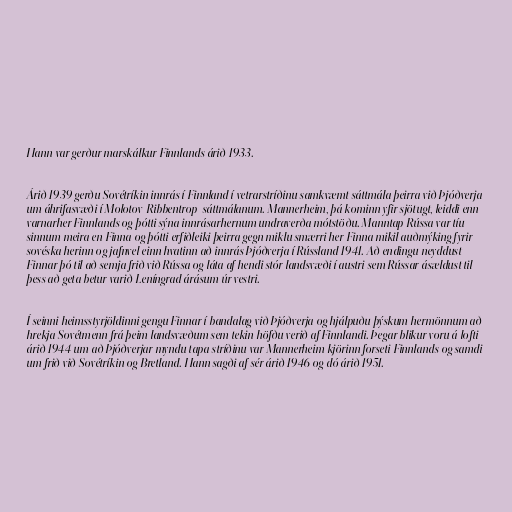
Hann var gerður marskálkur Finnlands árið 1933.

Árið 1939 gerðu Sovétríkin innrás í Finnland í vetrarstríðinu samkvæmt sáttmála þeirra við Þjóðverja
um áhrifasvæði í Molotov-Ribbentrop-sáttmálanum. Mannerheim, þá kominn yfir sjötugt, leiddi enn
varnarher Finnlands og þótti sýna innrásarhernum undraverða mótstöðu. Manntap Rússa var tíu
sinnum meira en Finna og þótti erfiðleiki þeirra gegn miklu smærri her Finna mikil auðmýking fyrir
sovéska herinn og jafnvel einn hvatinn að innrás Þjóðverja í Rússland 1941. Að endingu neyddust
Finnar þó til að semja frið við Rússa og láta af hendi stór landsvæði í austri sem Rússar ásældust til
þess að geta betur varið Leníngrad árásum úr vestri.

Í seinni heimsstyrjöldinni gengu Finnar í bandalag við Þjóðverja og hjálpuðu þýskum hermönnum að
hrekja Sovétmenn frá þeim landsvæðum sem tekin höfðu verið af Finnlandi. Þegar blikur voru á lofti
árið 1944 um að Þjóðverjar myndu tapa stríðinu var Mannerheim kjörinn forseti Finnlands og samdi
um frið við Sovétríkin og Bretland. Hann sagði af sér árið 1946 og dó árið 1951.